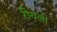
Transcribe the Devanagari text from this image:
रीयली